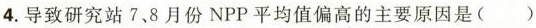
4.导致研究站7.8月份NPP平均值偏高的主要原因是( )